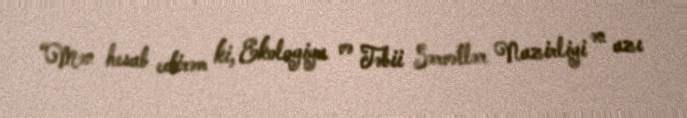
“Mən hesab edirəm ki, Ekologiya və Təbii Sərvətlər Nazirliyi ən azı